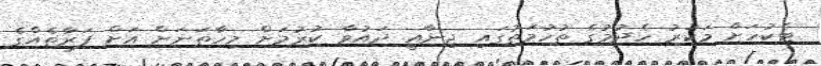
ޓެކުހަށް މަކަރު ހެދުމުގެ ތުހުމަތުގައި ޖިނާއީ ދައުވާ ކުރުމަށް މިހާތަނަށް އަށް ފަރާތެއްގެ